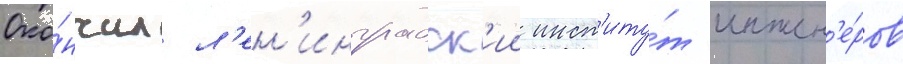
Око́нчил л'ен'инградск'ии инст'иту́т инжен'е́ров